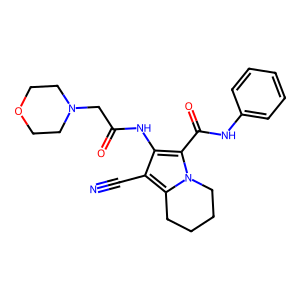
SMILES: N#Cc1c(NC(=O)CN2CCOCC2)c(C(=O)Nc2ccccc2)n2c1CCCC2
Inhibits HIV replication: No